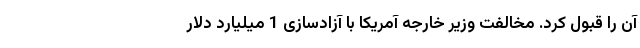
آن را قبول کرد. مخالفت وزیر خارجه آمریکا با آزادسازی 1 میلیارد دلار